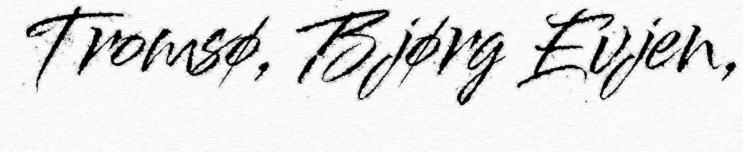
Tromsø, Bjørg Evjen,